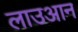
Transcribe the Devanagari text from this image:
लाउआन